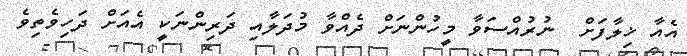
އެއާ ޚިލާފަށް  ނުރުއްސަވާ މީހުންނަށް ދެއްވާ މުދަލާއި ދަރިންނަކީ އެއަށް ދަހިވެތިވެ